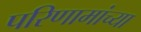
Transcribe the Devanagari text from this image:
परिणामांच्या